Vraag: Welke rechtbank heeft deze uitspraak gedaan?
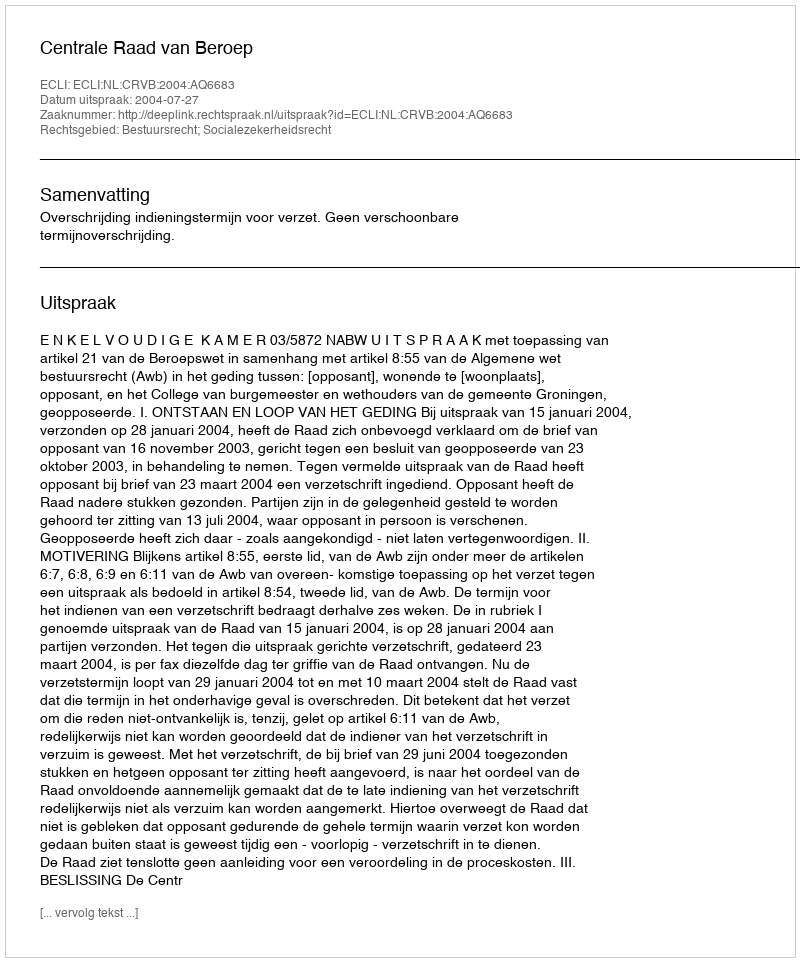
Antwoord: Centrale Raad van Beroep